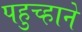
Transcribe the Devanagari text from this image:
पहुच्हाने